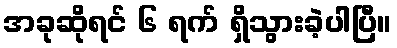
အခုဆိုရင် ၆ ရက် ရှိသွားခဲ့ပါပြီ။